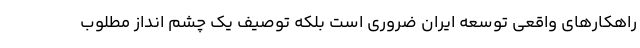
راهکارهای واقعی توسعه ایران ضروری است بلکه توصیف یک چشم انداز مطلوب